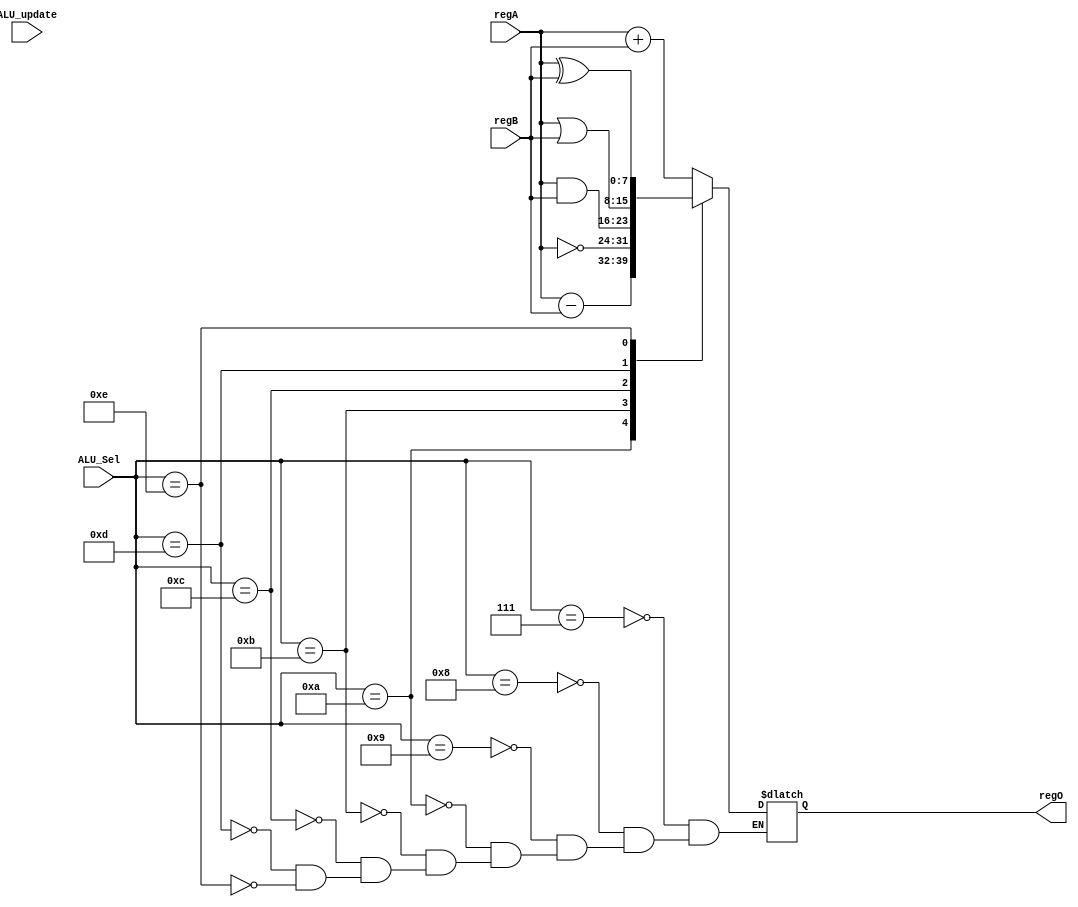
// This program was cloned from: https://github.com/BlackWatch0/EEE228_Microprocessor
// License: GNU General Public License v3.0

module ALU(
    input wire [7:0] regA, // 4-bit input operand A
    input wire [7:0] regB, // 4-bit input operand B
    input [3:0] ALU_Sel, // Operation selector
    input ALU_update,
    output reg [7:0] regO=8'b0 // 4-bit result
);


// Define operations
localparam ACC_NZ_A     = 4'b0111;
localparam ACC_NZ_SH    = 4'b1000;
localparam ADD          = 4'b1001;
localparam SUB          = 4'b1010;
localparam INV          = 4'b1011;
localparam AND          = 4'b1100;
localparam OR           = 4'b1101;
localparam XOR          = 4'b1110;


// ALU operation
always @(ALU_update) begin
    case(ALU_Sel)
        ACC_NZ_A: regO = regA + regB;
        ACC_NZ_SH: regO = regA + regB;
        ADD: regO = regA + regB;
        SUB: regO = regA - regB;
        INV: regO = ~regA;
        AND: regO = regA & regB;
        OR:  regO = regA | regB;
        XOR: regO = regA ^ regB;
    endcase
end


endmodule